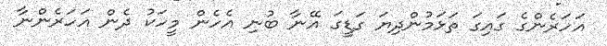
އަހަރެންގެ ގައިގަ ތަޅަމުންދިޔަ ގަޑީގަ އޭނާ ބުނި އެހެން މީހަކު ދެން އަހަރެންނާ